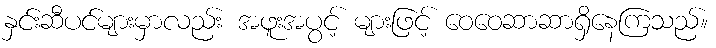
နှင်းဆီပင်များမှာလည်း အဖူးအပွင့် များဖြင့် ဝေဝေဆာဆာရှိနေကြသည်။